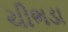
ચીભડા